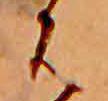
は